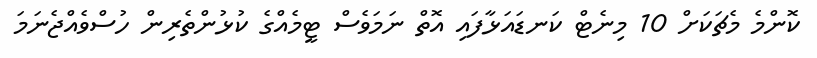
ކޮންމެ މެޗަކަށް 10 މިނެޓް ކަނޑައަޅާފައި އޮތް ނަމަވެސް ޓީމެއްގެ ކުޅުންތެރިން ހުސްވެއްޖެނަމަ